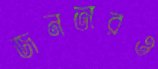
জনতারও